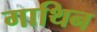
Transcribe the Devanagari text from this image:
गाथिन